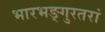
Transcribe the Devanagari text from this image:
भारभङ्गुरतरां